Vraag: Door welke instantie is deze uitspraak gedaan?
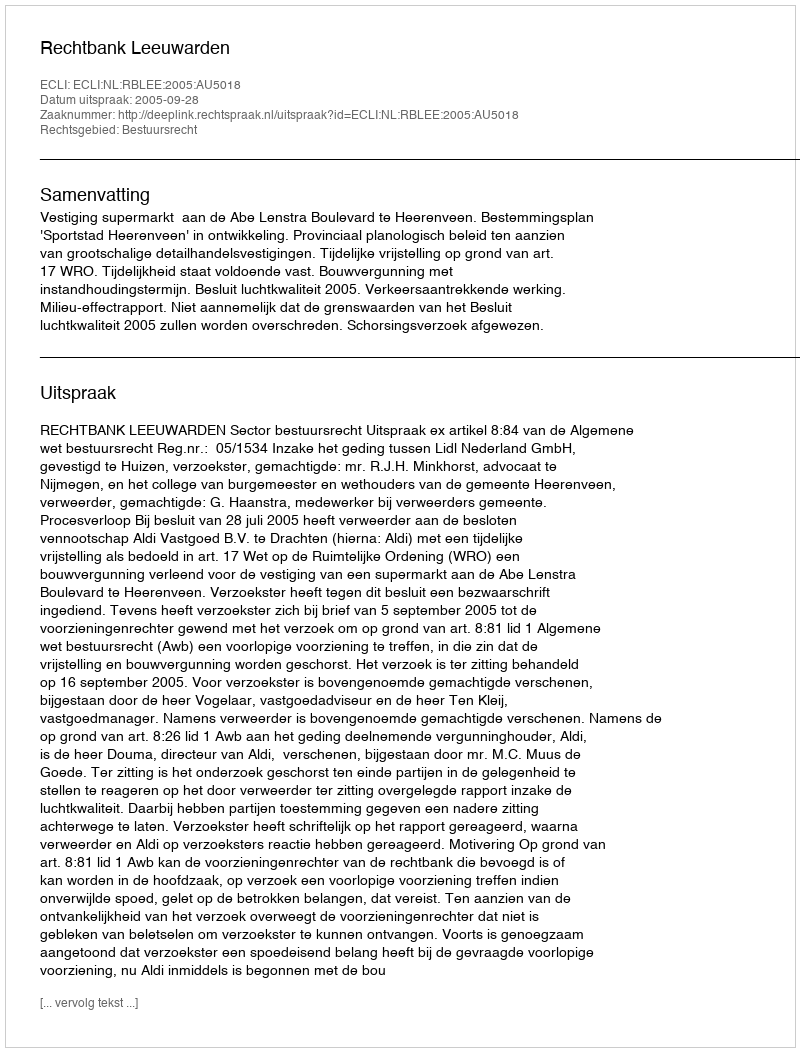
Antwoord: Rechtbank Leeuwarden